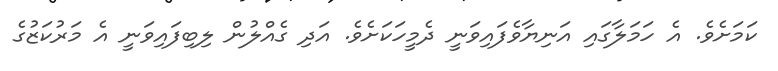
ކަމަށެވެ. އެ ހަމަލާގައި އަނިޔާވެފައިވަނީ ދެމީހަކަށެވެ. އަދި ގެއްލުން ލިބިފައިވަނީ އެ މަރުކަޒުގެ